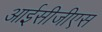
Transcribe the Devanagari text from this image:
आईसीजीएस